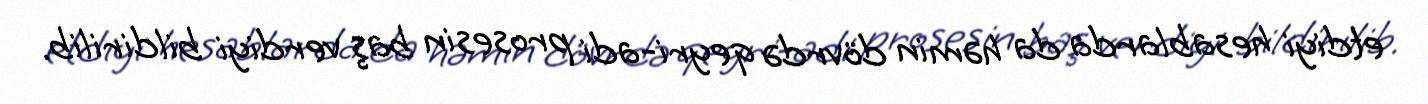
etdiyi hesablarda da həmin dövrdə qeyri-adi prosesin baş verdiyi bildirilib.